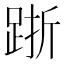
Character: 䟷